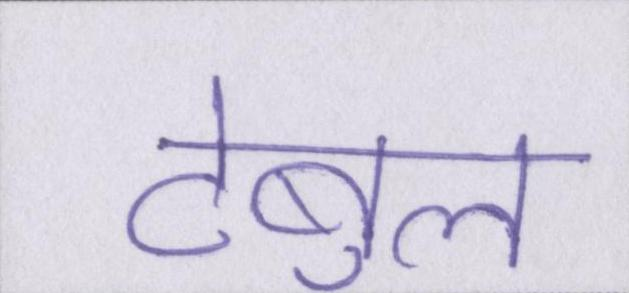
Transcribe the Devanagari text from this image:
टेबुल